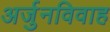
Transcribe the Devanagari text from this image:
अर्जुनविवाह